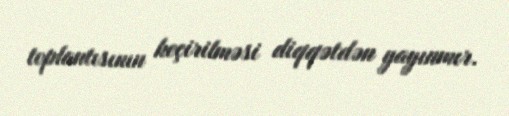
toplantısının keçirilməsi diqqətdən yayınmır.